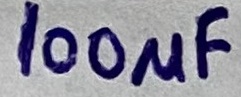
Text: 100µF